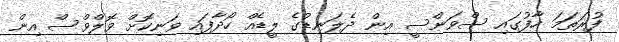
ފުރަތަމަ ހާފުގައި ސްވަންސީ އިން ދެލަނޑުގެ ލީޑެއް ހޯދާފައި ވަނިކޮށް ވޮލްވްސް އިން